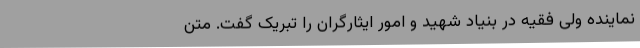
نماینده ولی فقیه در بنیاد شهید و امور ایثارگران را تبریک‌ گفت. متن